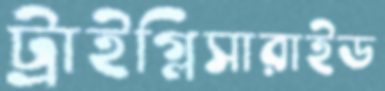
ট্রাইগ্লিসারাইড